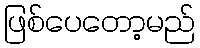
ဖြစ်ပေတော့မည်